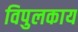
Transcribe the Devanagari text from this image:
विपुलकाय